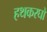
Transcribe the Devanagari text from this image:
हथकरघों